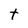
Character: t